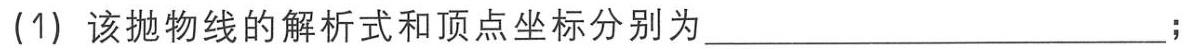
(1) 该抛物线的解析式和顶点坐标分别为____________________;